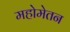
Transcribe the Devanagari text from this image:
महोमेतन